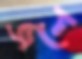
জলে